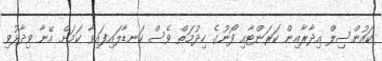
ކައުންސިލް އިދާރާއިން ކަރަންޓާއި ފޯނުގެ ހިދުމަތް ވެސް ކަނޑާލައިފައިވާ ކަމަށް އޭނާ ވިދާޅުވި